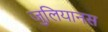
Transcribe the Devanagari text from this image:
जुलियानस